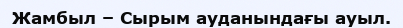
Жамбыл – Сырым ауданындағы ауыл.